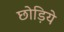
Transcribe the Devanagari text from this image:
छोड़िये